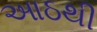
આઠથી